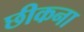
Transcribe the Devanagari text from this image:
छीकना